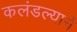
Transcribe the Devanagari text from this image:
कलंडल्याने